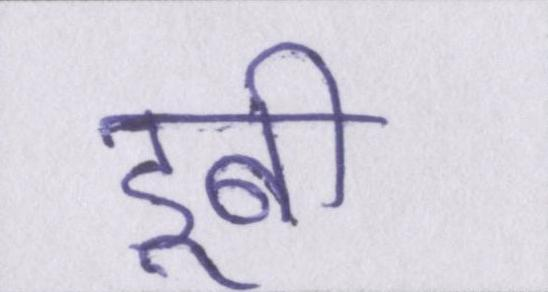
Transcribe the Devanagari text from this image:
डूबी